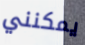
يمكنني